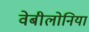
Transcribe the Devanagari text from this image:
वेबीलोनिया